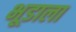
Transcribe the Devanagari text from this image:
भूडाला